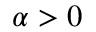
\alpha > 0